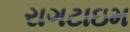
રાગટાઇમ